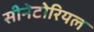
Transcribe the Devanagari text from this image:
सीनेटोरियल